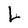
Character: L